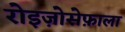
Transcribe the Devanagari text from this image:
रोइज़ोसेफ़ाला